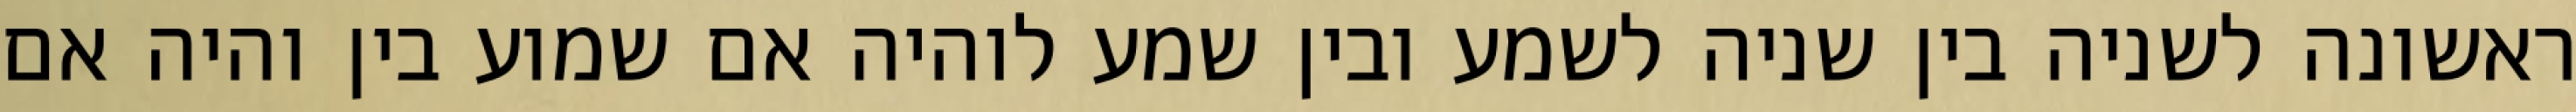
ראשונה לשניה בין שניה לשמע ובין שמע לוהיה אם שמוע בין והיה אם